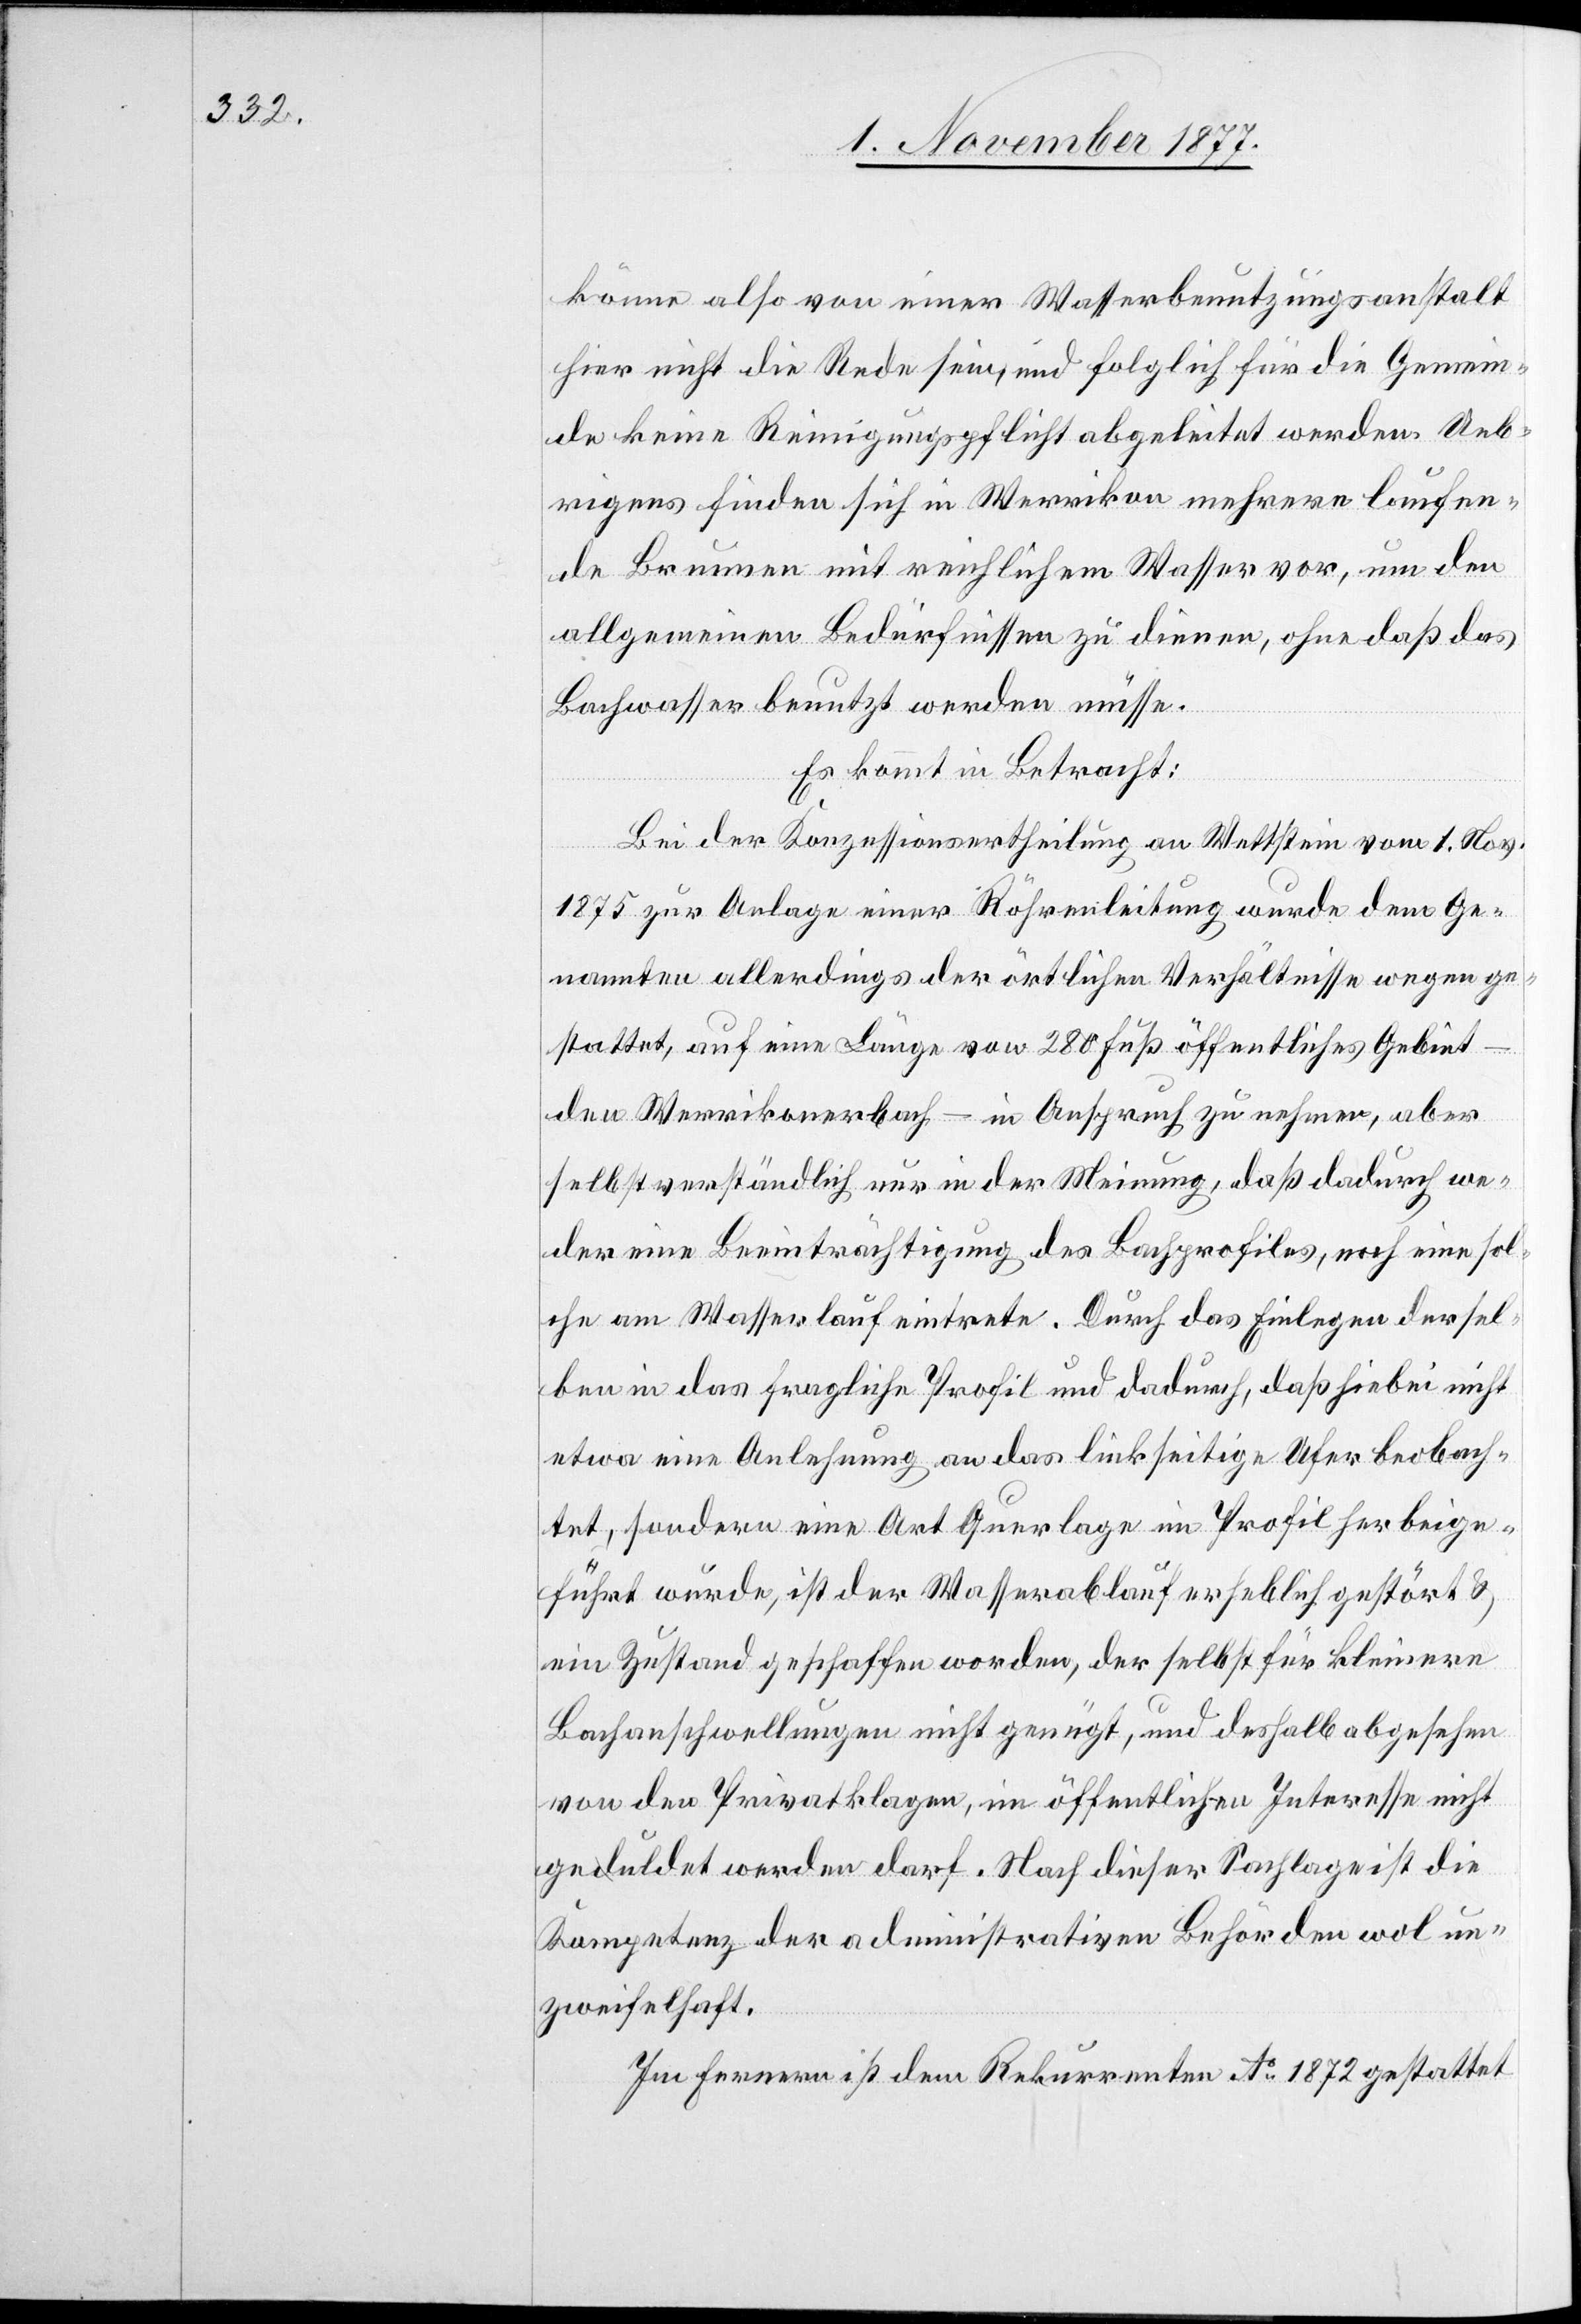
könne also von einer Wasserbenutzungsanstalt
hier nicht die Rede sein, und folglich für die Gemein¬
de keine Reinigungspflicht abgeleitet werden. Ueb¬
rigens finden sich in Werrikon mehrere laufen¬
de Brunnen mit reichlichem Wasser vor, um den
allgemeinen Bedürfnissen zu dienen, ohne daß das
Bachwasser benutzt werden müsse.
Es kommt in Betracht:
Bei der Konzessionsertheilung an Wettstein vom 1. Nov.
1875 zur Anlage einer Röhrenleitung wurde dem Ge¬
nannten allerdings der örtlichen Verhältnisse wegen ge¬
stattet, auf eine Länge von 280 Fuß öffentliches Gebiet
den Werrikonerbach – in Anspruch zu nehmen, aber
selbstverständlich nur in der Meinung, daß dadurch we¬
der eine Beeinträchtigung des Bachprofiles, noch eine sol¬
che am Wasserlauf eintrete. Durch das Einlegen dersel¬
ben in das fragliche Profil und dadurch, daß hiebei nicht
etwa eine Anlehnung an das linkseitige Ufer beobach¬
tet, sondern eine Art Querlage im Profil herbeige¬
führt wurde, ist der Wasserablauf erheblich gestört &
ein Zustand geschaffen worden, der selbst für kleinere
Bachanschwellungen nicht genügt, und deshalb abgesehen
von den Privatklagen, im öffentlichen Interesse nicht
geduldet werden darf. Nach dieser Sachlage ist die
Kompetenz der administrativen Behörden wol un¬
zweifelhaft.
Im Fernern ist dem Rekurrenten Ao 1872 gestattet